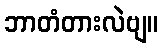
ဘာတံတားလဲဗျ။